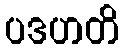
ပဒဟတိ